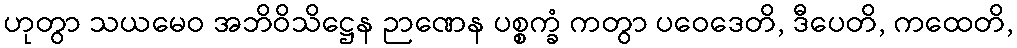
ဟုတွာ သယမေဝ အဘိဝိသိဋ္ဌေန ဉာဏေန ပစ္စက္ခံ ကတွာ ပဝေဒေတိ, ဒီပေတိ, ကထေတိ,